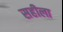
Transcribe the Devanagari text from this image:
सहीला